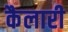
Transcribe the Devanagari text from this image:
कैलारी